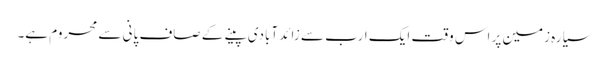
سیارہ زمین پر اس وقت ایک ارب سے زائد آبادی پینے کے صاف پانی سے محروم ہے۔